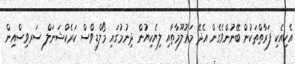
އެކިއެކި ފަރާތްތަކުން ބޭނުންވެގެން އެދޭ މަޢުލޫމާތާއި ލިޔެކިޔުން ދިނުމުގައި މޯލްޑިވްސް ކަރެކްޝަނަލް ސަރވިސްއިން